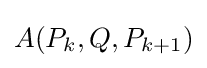
A(P_{k},Q,P_{k+1})